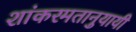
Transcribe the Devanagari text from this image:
शांकरमतानुयायी